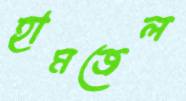
হামজেল